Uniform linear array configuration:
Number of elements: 8
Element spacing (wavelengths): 0.25
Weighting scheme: cosine
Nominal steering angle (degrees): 60
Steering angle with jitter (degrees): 59.781
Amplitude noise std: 0.05
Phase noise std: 0.05

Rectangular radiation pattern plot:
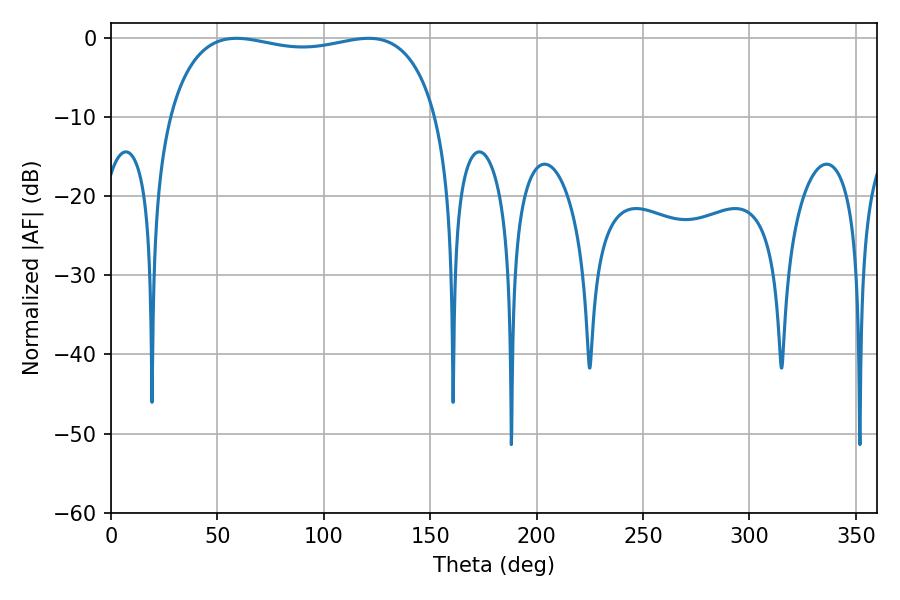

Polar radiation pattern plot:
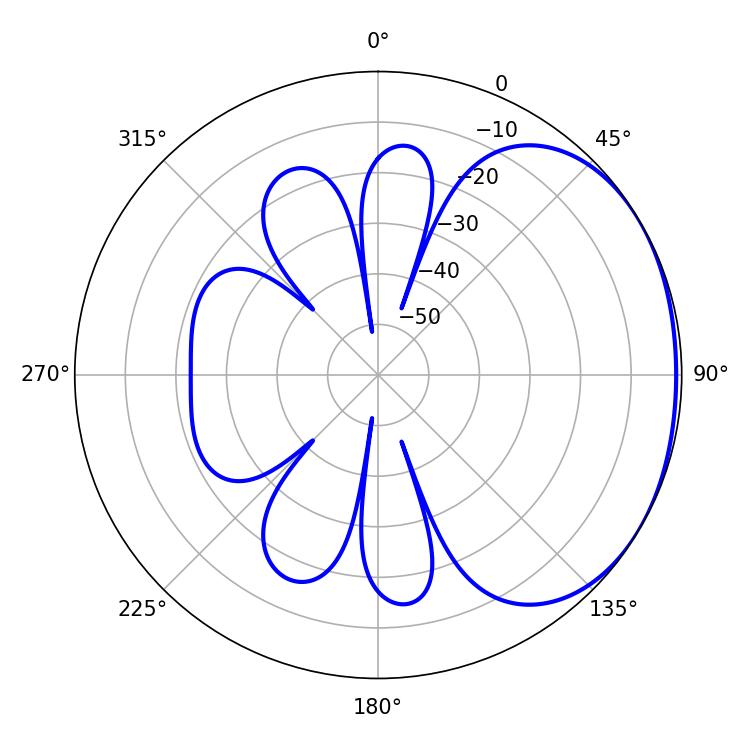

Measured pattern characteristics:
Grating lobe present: FALSE
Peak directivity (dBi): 1.54
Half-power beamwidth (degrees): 102.6
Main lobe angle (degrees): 58.86